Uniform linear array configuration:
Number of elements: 64
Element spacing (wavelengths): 0.75
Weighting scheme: hamming
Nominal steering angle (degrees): -60
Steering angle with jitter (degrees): -58.136
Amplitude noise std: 0.05
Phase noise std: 0.05

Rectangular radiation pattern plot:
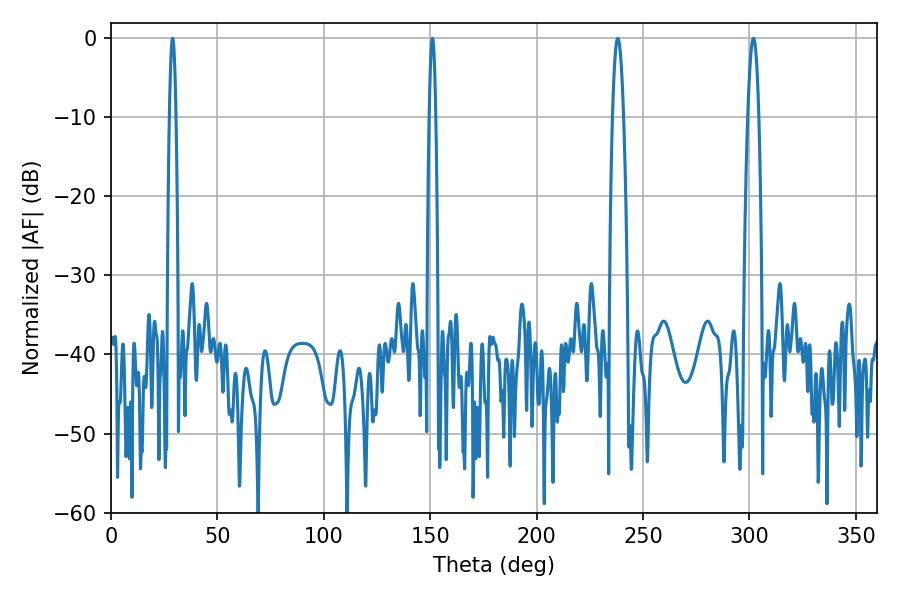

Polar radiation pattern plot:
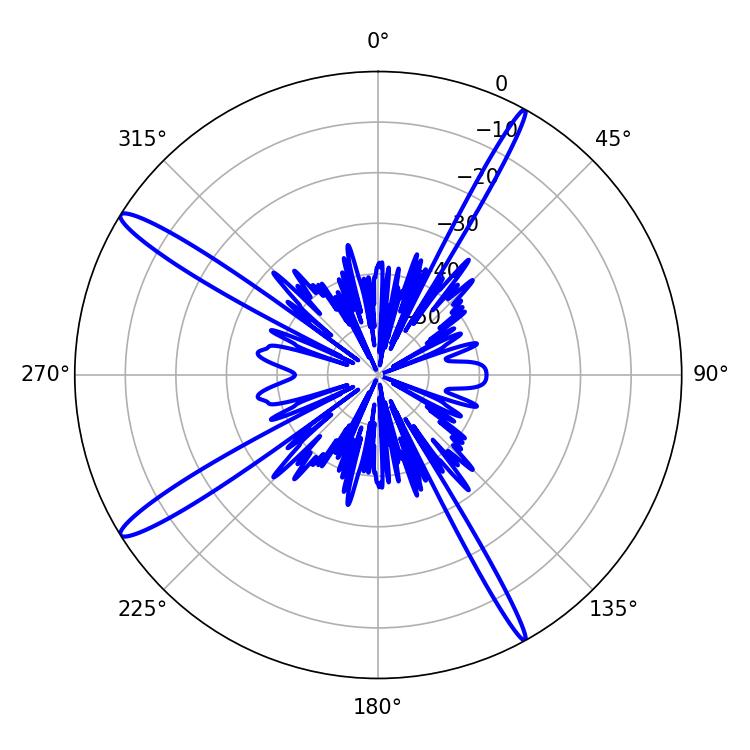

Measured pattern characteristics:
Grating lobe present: TRUE
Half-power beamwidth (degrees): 2.88
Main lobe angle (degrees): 238.14